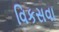
વિકસવા